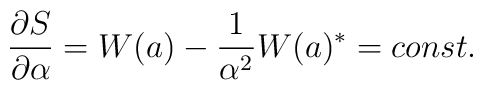
\frac{\partial S}{\partial \alpha} = W(a) - \frac{1}{\alpha^{2}}W(a)^{\ast} = const.